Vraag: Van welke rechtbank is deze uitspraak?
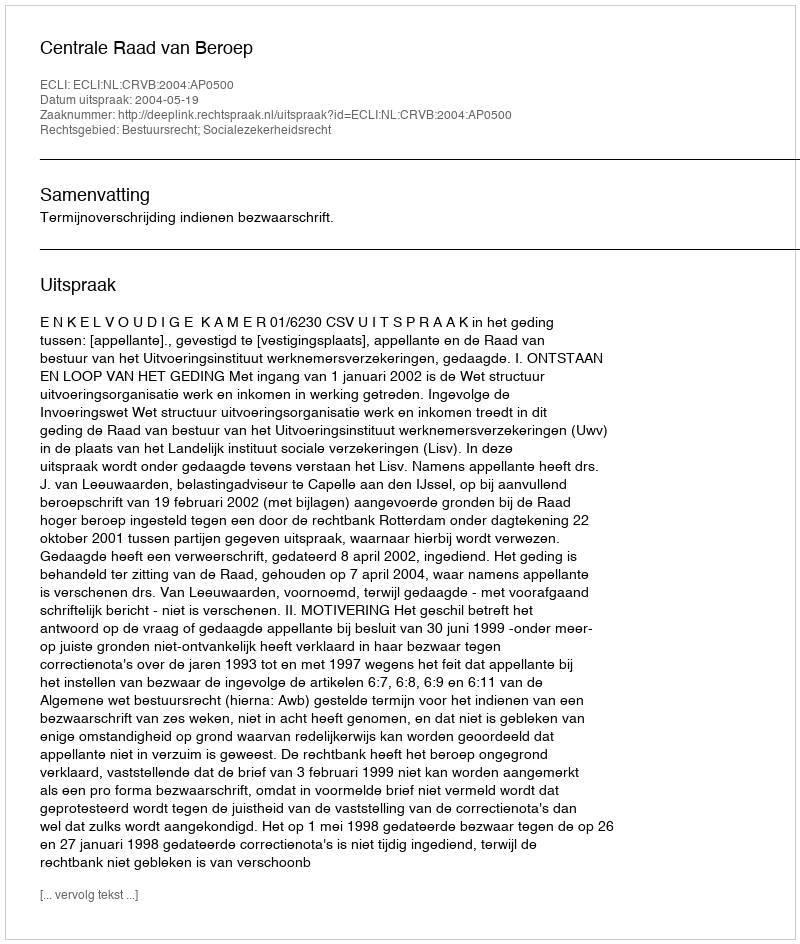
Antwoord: Centrale Raad van Beroep